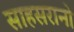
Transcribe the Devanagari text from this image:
साहसरानो